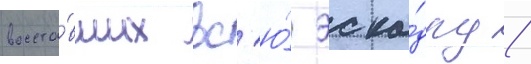
восста́вших вс'ю́ эска́дру /